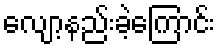
လျော့နည်းခဲ့ကြောင်း